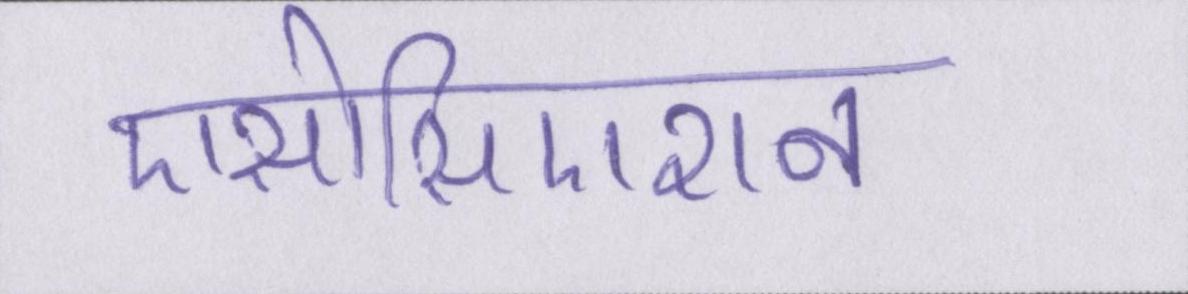
एसोसिएशन